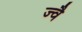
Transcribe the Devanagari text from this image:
ज्‍वै